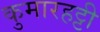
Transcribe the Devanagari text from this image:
कुमारहट्टी